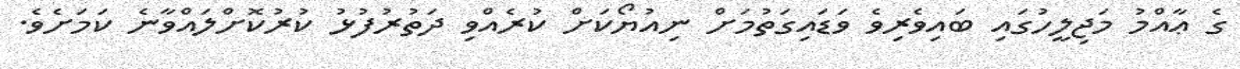
ގެ ޢާއްމު މަޖިލީހުގައި ބައިވެރިވެ ވަޑައިގަތުމަށް ނިއުޔޯކަށް ކުރެއްވި ދަތުރުފުޅު ކުރުކޮށްލައްވާނެ ކަމަށެވެ.